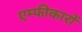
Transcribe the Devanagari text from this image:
एम्फीकारों